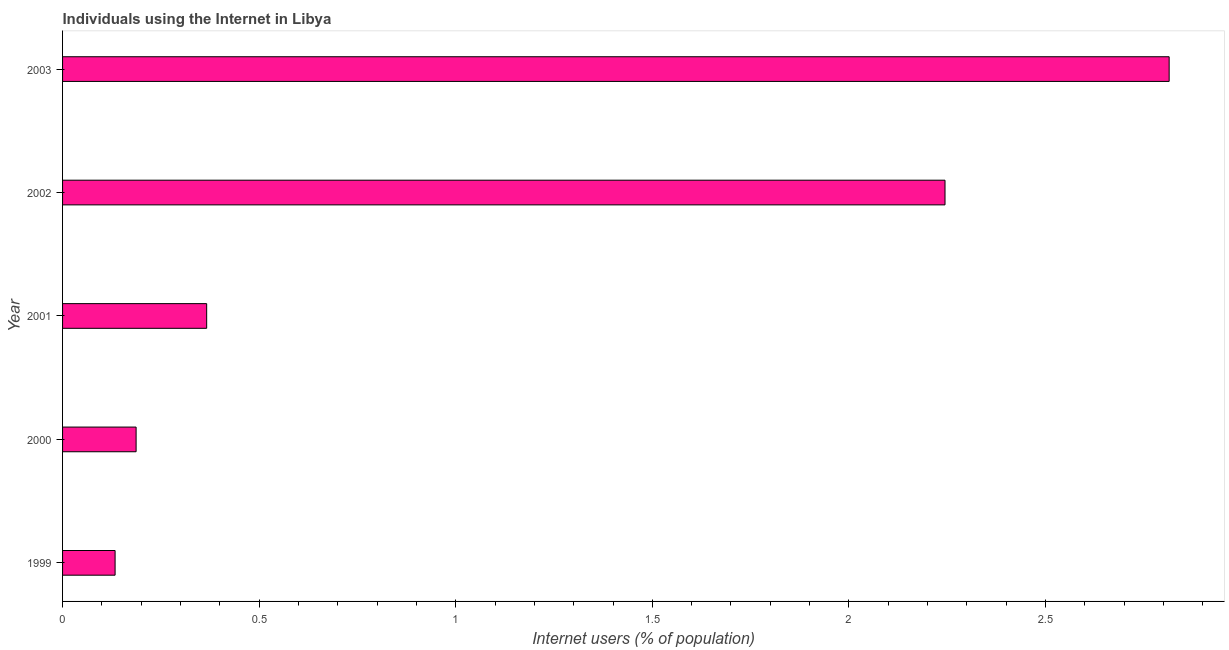
| Year | Internet users |
 | --- | --- |
 | 1999 | 0.134 |
 | 2000 | 0.187 |
 | 2001 | 0.367 |
 | 2002 | 2.24 |
 | 2003 | 2.81 |